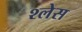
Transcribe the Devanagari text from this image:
श्लेस